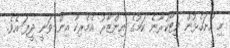
މި ހުށަހެޅުން ވީޓޯކުރާނެ ކަމުގެ އިންޒާރު އެމެރިކާ އިން ވަނީ ދީފަ އެވެ.